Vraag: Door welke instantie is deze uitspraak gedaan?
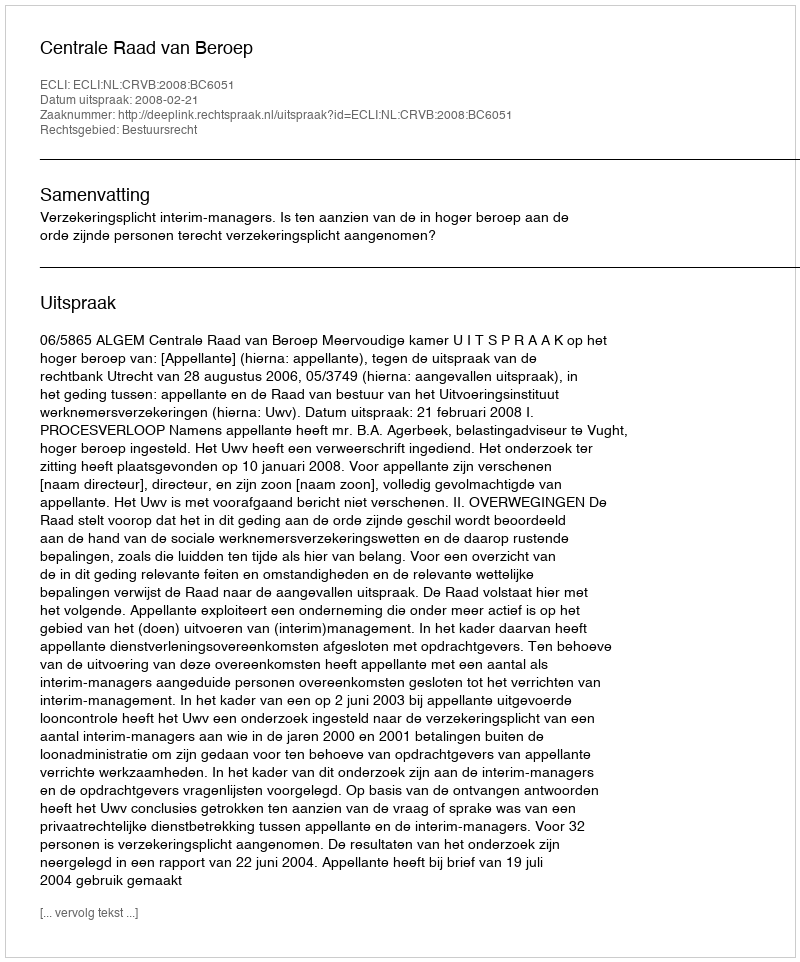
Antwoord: Centrale Raad van Beroep